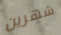
شهرين